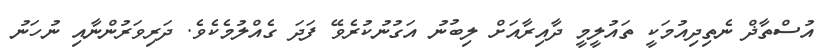
އުސްތާޛް ނެތިދިއުމަކީ ތައުލީމީ ދާއިރާއަށް ލިބުނު އަގުނުކުރެވޭ ފަދަ ގެއްލުމެކެވެ. ދަރިވަރުންނާއި ނުހަނު